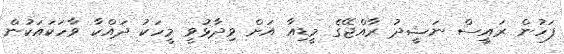
ފަހުން ރައީސް ނަޝީދު ރާއްޖޭގެ މީޑިއާ އަށް ވިދާޅުވީ މީހަކު ދައްކާ ވާހަކައަކުން